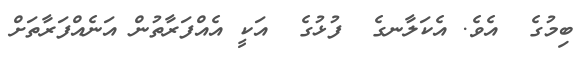
ބިމުގެ  އެވެ. އެކަލާނގެ  ފުޅުގެ  އަކީ އެއްފަރާތުން އަނެއްފަރާތަށް